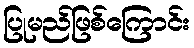
ပြုမည်ဖြစ်ကြောင်း